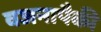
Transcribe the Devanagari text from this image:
वजनापैकी